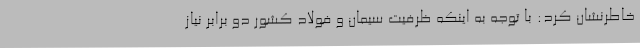
خاطرنشان کرد: با توجه به اینکه ظرفیت سیمان و فولاد کشور دو برابر نیاز